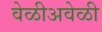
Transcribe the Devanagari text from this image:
वेळीअवेळी